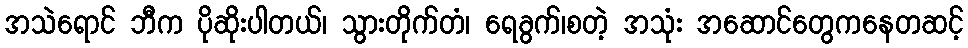
အသဲရောင် ဘီက ပိုဆိုးပါတယ်၊ သွားတိုက်တံ၊ ရေခွက်၊စတဲ့ အသုံး အဆောင်တွေကနေတဆင့်